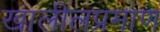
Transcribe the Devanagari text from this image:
खालीलप्रमाण